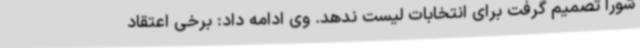
شورا تصمیم گرفت برای انتخابات لیست ندهد. وی ادامه داد: برخی اعتقاد